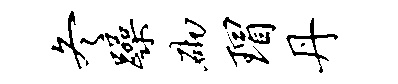
冬躁砌瑁丹